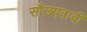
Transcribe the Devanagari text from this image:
सौख्यवादी